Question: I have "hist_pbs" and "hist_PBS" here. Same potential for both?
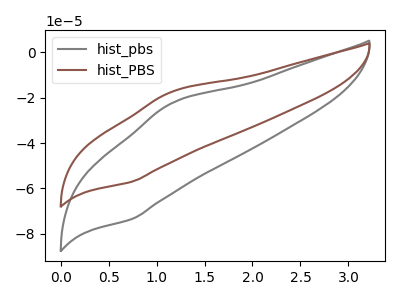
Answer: <think>The gray curve "hist_pbs" has an anodic peak at (1.15V, -22.50uA) and a cathodic peak at (0.75V, -73.50uA). The brown curve "hist_PBS" has an anodic peak at (1.15V, -17.45uA) and a cathodic peak at (0.75V, -57.05uA).
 All the peaks in "hist_pbs" have a peak in "hist_PBS" at the same potential.</think>
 <answer>"hist_pbs" and "hist_PBS" are similar in shape.</answer>
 <eval>same_shape</eval>